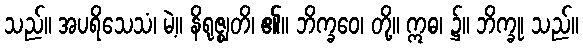
သည်။ အပရိသေသံ၊ မဲ့။ နိရုဇ္ဈတိ၊ ၏။ ဘိက္ခဝေ၊ တို့။ ဣဓ၊ ၌။ ဘိက္ခု၊ သည်။